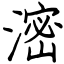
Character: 滵